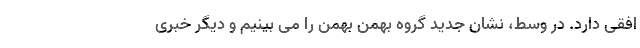
افقی دارد. در وسط، نشان جدید گروه بهمن بهمن را می بینیم و دیگر خبری